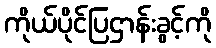
ကိုယ်ပိုင်ပြဌာန်းခွင့်ကို